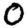
Digit: 0